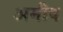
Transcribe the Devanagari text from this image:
अमीष